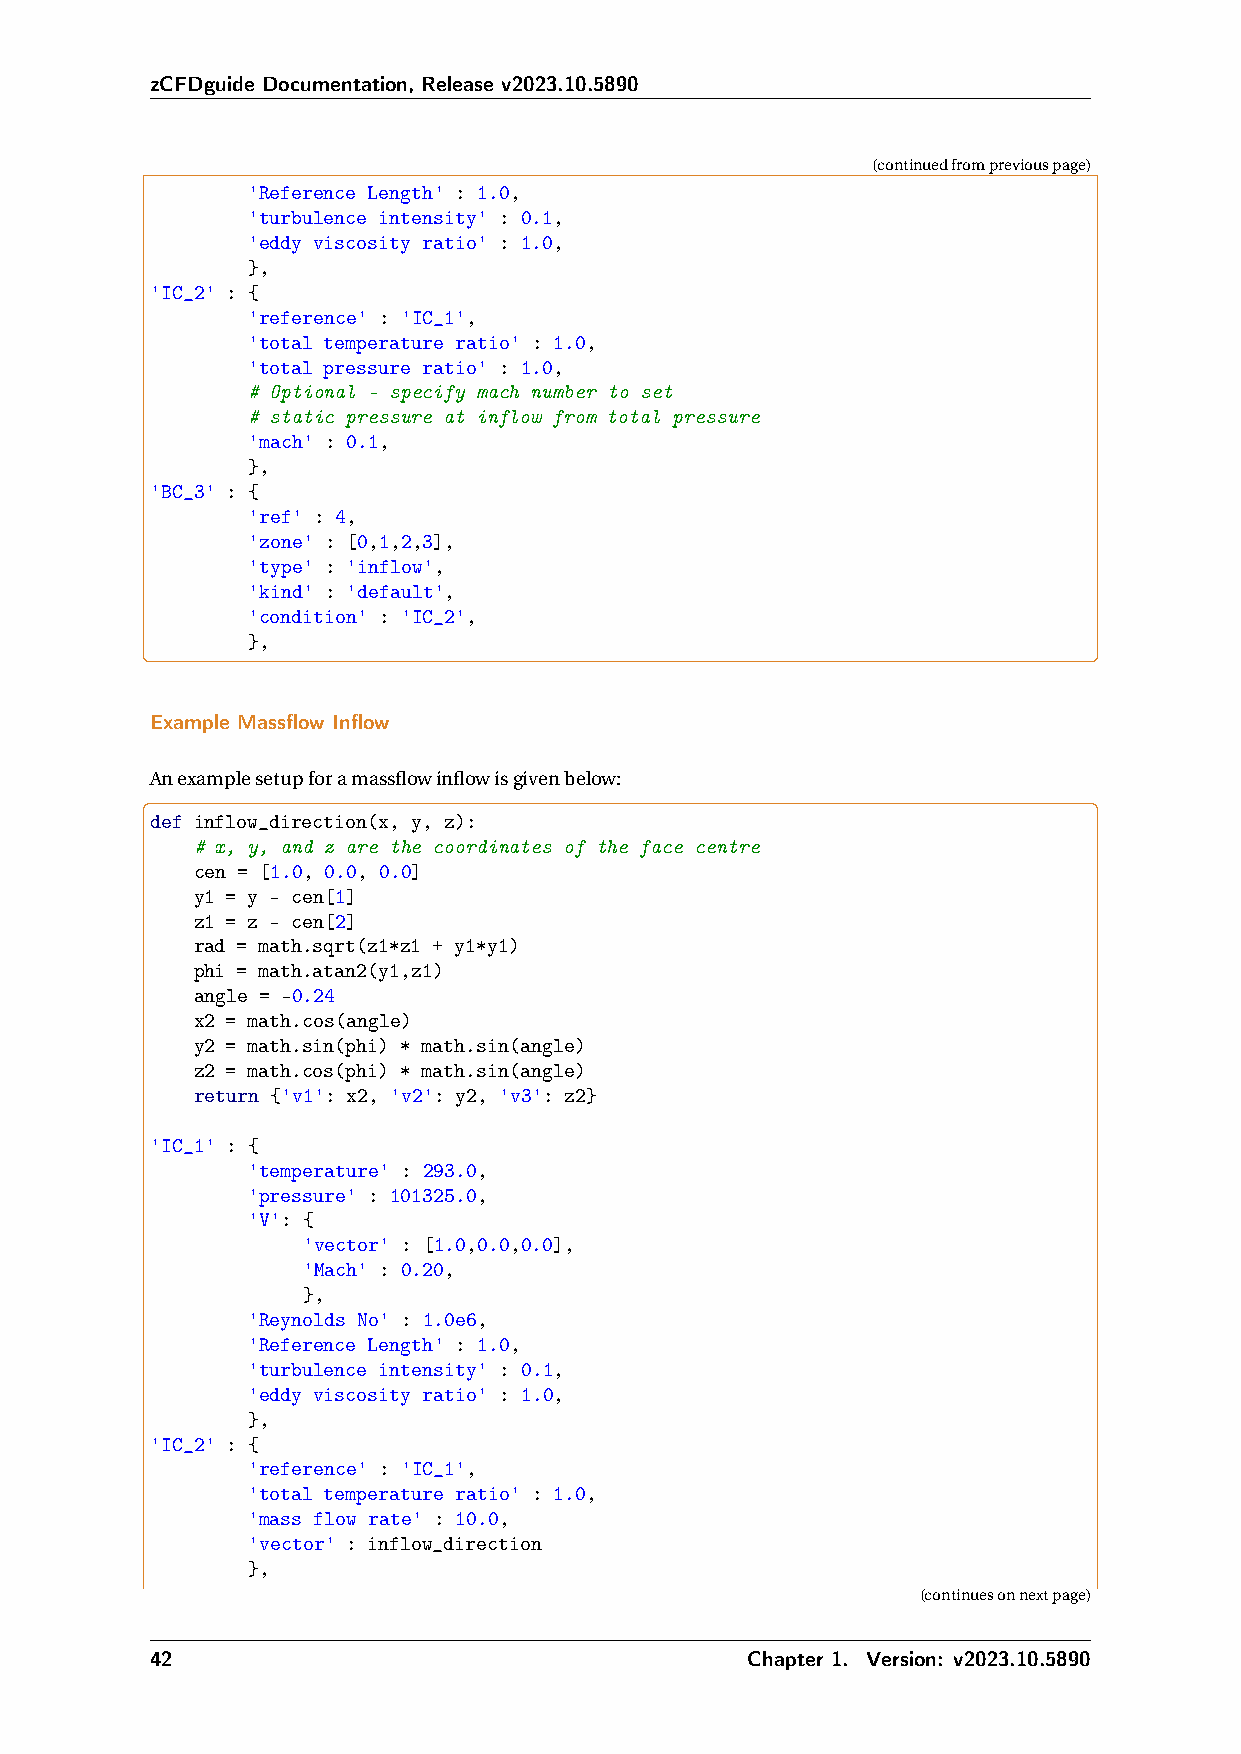
zCFDguide Documentation, Release v2023.10.5890
 (continuedfrompreviouspage)
 'Reference Length' : 1.0,
 'turbulence intensity' : 0.1,
 'eddy viscosity ratio' : 1.0,
 },
 'IC_2' : {
 'reference' : 'IC_1',
 'total temperature ratio' : 1.0,
 'total pressure ratio' : 1.0,
 # Optional - specify mach number to set
 # static pressure at inflow from total pressure
 'mach' : 0.1,
 },
 'BC_3' : {
 'ref' : 4,
 'zone' : [0,1,2,3],
 'type' : 'inflow',
 'kind' : 'default',
 'condition' : 'IC_2',
 },
 Example Massflow Inflow
 Anexamplesetupforamassflowinflowisgivenbelow:
 def inflow_direction(x, y, z):
 # x, y, and z are the coordinates of the face centre
 cen = [1.0, 0.0, 0.0]
 y1 = y - cen[1]
 z1 = z - cen[2]
 rad = math.sqrt(z1*z1 + y1*y1)
 phi = math.atan2(y1,z1)
 angle = -0.24
 x2 = math.cos(angle)
 y2 = math.sin(phi) * math.sin(angle)
 z2 = math.cos(phi) * math.sin(angle)
 return {'v1': x2, 'v2': y2, 'v3': z2}
 'IC_1' : {
 'temperature' : 293.0,
 'pressure' : 101325.0,
 'V': {
 'vector' : [1.0,0.0,0.0],
 'Mach' : 0.20,
 },
 'Reynolds No' : 1.0e6,
 'Reference Length' : 1.0,
 'turbulence intensity' : 0.1,
 'eddy viscosity ratio' : 1.0,
 },
 'IC_2' : {
 'reference' : 'IC_1',
 'total temperature ratio' : 1.0,
 'mass flow rate' : 10.0,
 'vector' : inflow_direction
 },
 (continuesonnextpage)
 42                                      Chapter 1. Version: v2023.10.5890